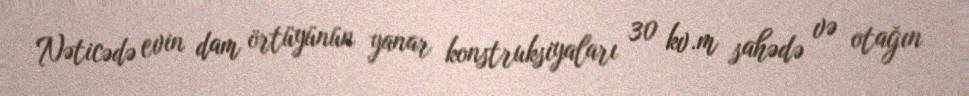
Nəticədə evin dam örtüyünün yanar konstruksiyaları 30 kv.m sahədə və otağın